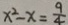
x ^ { 2 } - x = \frac { 9 } { 4 }